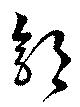
郭